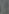
: